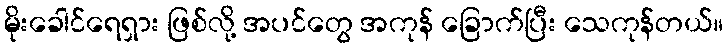
မိုးခေါင်ရေရှား ဖြစ်လို့ အပင်တွေ အကုန် ခြောက်ပြီး သေကုန်တယ်။